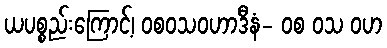
ယပစ္စည်းကြောင့်၊ ဝစဝသဝဟာဒီနံ- ဝစ ဝသ ဝဟ